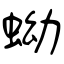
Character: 蚴